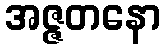
အဇ္ဇတနော